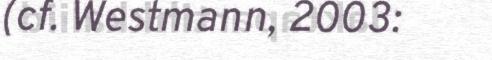
(cf. Westmann, 2003: